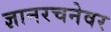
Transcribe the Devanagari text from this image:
ज्ञानरचनेवर